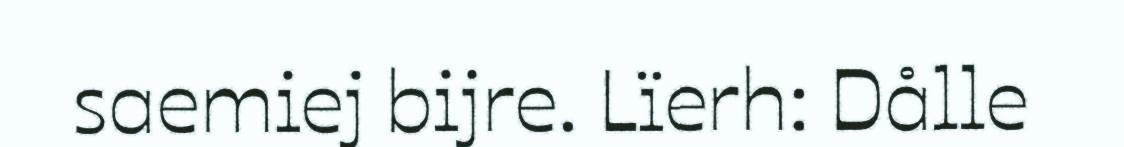
saemiej bijre. Lïerh: Dålle